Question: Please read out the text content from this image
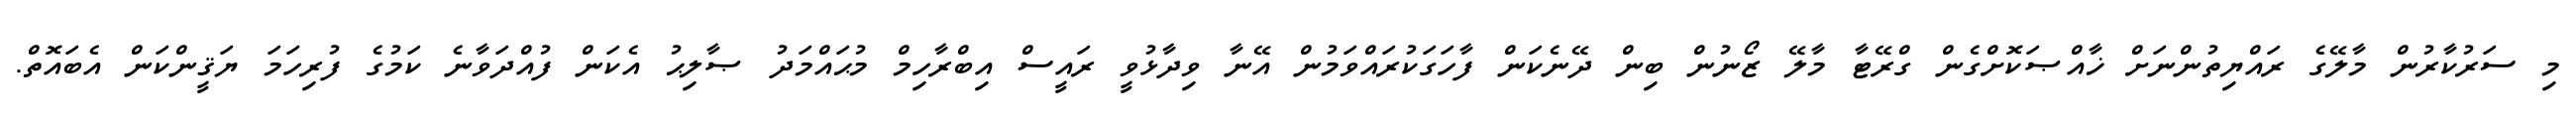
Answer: މި ސަރުކާރުން މާލޭގެ ރައްޔިތުންނަށް ޚާއްޞަކޮށްގެން ގްރޭޓާ މާލޭ ޒޯނުން ބިން ދޭނެކަން ފާހަގަކުރައްވަމުން އޭނާ ވިދާޅުވީ ރައީސް އިބްރާހިމް މުޙައްމަދު ޞާލިޙު އެކަން ފުއްދަވާނެ ކަމުގެ ފުރިހަމަ ޔަޤީންކަން އެބައޮތް.